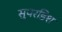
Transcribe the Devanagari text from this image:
सुपरडिश